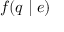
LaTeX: f ( q \mid e )